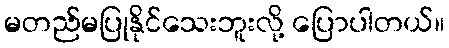
မတည်မပြုနိုင်သေးဘူးလို့ ပြောပါတယ်။